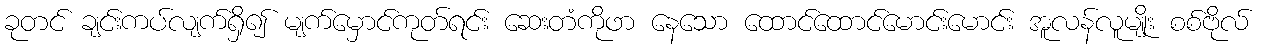
ခုတင် ချင်းကပ်လျက်ရှိ၍ မျက်မှောင်ကုတ်ရင်း ဆေးတံကိုဖာ နေသော ထောင်ထောင်မောင်းမောင်း အူလန်လူမျိုး စစ်ဗိုလ်